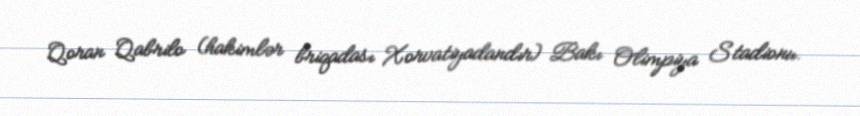
Qoran Qabrilo (hakimlər briqadası Xorvatiyadandır) Bakı Olimpiya Stadionu.